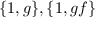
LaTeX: \{ 1 , g \} , \{ 1 , g f \}